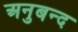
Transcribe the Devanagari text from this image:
अनुबन्द